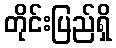
တိုင်းပြည်ရှိ